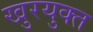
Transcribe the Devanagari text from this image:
खुरयुक्त